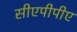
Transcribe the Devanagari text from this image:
सीएपीपीए